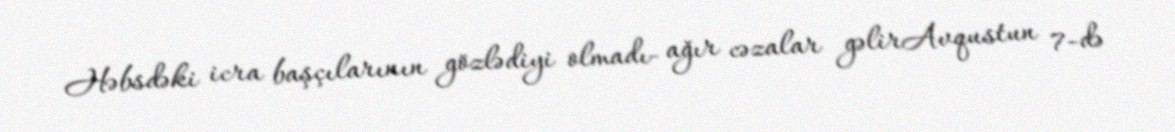
Həbsdəki icra başçılarının gözlədiyi olmadı- ağır cəzalar gəlirAvqustun 7-də